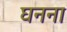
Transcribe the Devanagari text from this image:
घनना